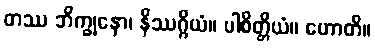
တဿ ဘိက္ခုနော၊ နိဿဂ္ဂိယံ။ ပါစိတ္တိယံ။ ဟောတိ။